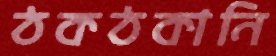
ঠকঠকানি